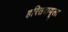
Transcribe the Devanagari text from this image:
हरितवायूला